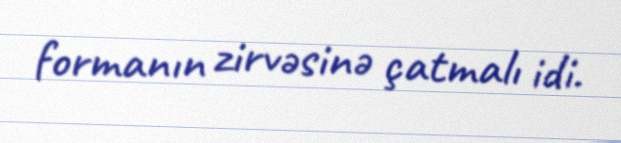
formanın zirvəsinə çatmalı idi.